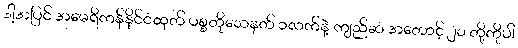
ဒါ့အပြင် အမေရိကန်နိုင်ငံထုတ် ပစ္စတိုသေနတ် ၁လက်နဲ့ ကျည်ဆံ အတောင့် ၂၀ တို့ကိုပါ